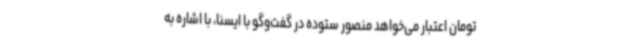
تومان اعتبار می‌خواهد منصور ستوده در گفت‌وگو با ایسنا، با اشاره به